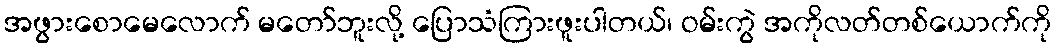
အဖွားစောမေလောက် မတော်ဘူးလို့ ပြောသံကြားဖူးပါတယ်၊ ဝမ်းကွဲ အကိုလတ်တစ်ယောက်ကို